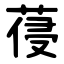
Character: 葠